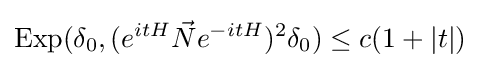
{\text{Exp}}(\delta _{0},(e^{itH}{\vec {N}}e^{-itH})^{2}\delta _{0})\leq c(1+|t|)